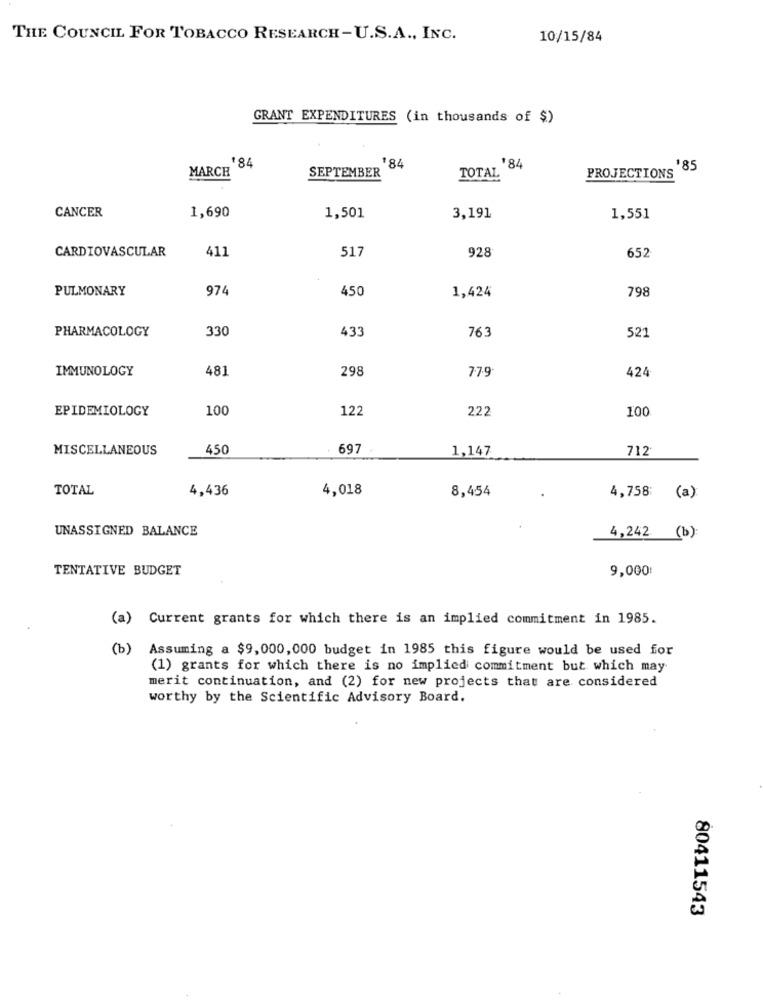
THE COUNCIL FOR TOBACCO RESEARCH-U.S.A ., INC.
10/15/84
GRANT EXPENDITURES (in thousands of $)
184
184
MARCH
SEPTEMBER
$84
$85
TOTAL
PROJECTIONS
CANCER
1,690
1,501
3,191
1,551
CARDIOVASCULAR
411
517
928
652
PULMONARY
974
450
1,424
798
PHARMACOLOGY
330
433
763
521
IMMUNOLOGY
481
298
77.9
424
EPIDEMIOLOGY
100
122
222
100
MISCELLANEOUS
450
697
1,147
712
TOTAL
4,436
4,018
8,454
4,758:
(a)
UNASSIGNED BALANCE
4,242 (b):
TENTATIVE BUDGET
9,000
(a) Current grants for which there is an implied commitment in 1985.
(b) Assuming a $9,000,000 budget in 1985 this figure would be used for
(1) grants for which there is no implied commitment but which may
merit continuation, and (2) for new projects that are considered
worthy by the Scientific Advisory Board.
80411543